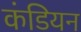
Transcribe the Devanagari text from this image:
कंडियन